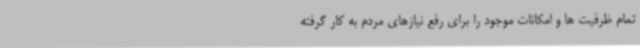
تمام ظرفیت ها و امکانات موجود را برای رفع نیازهای مردم به کار گرفته